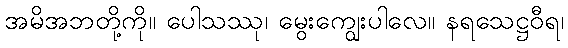
အမိအဘတို့ကို။ ပေါသဿု၊ မွေးကျွေးပါလေ။ နရသေဋ္ဌဝီရ၊